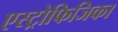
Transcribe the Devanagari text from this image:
एस्ट्रोफिजिका